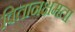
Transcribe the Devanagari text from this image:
वितानक्षमता